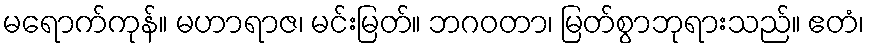
မရောက်ကုန်။ မဟာရာဇ၊ မင်းမြတ်။ ဘဂဝတာ၊ မြတ်စွာဘုရားသည်။ ဧတံ၊